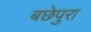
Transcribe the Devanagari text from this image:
बछेपुरा